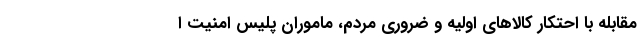
مقابله با احتکار کالاهای اولیه و ضروری مردم، ماموران پلیس امنیت ا